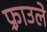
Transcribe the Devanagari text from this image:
फ़्राउले